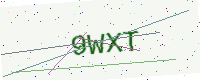
Text: 9WXT